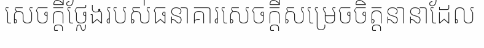
សេចក្តីថ្លែងរបស់ធនាគារសេចក្តីសម្រេចចិត្តនានាដែល